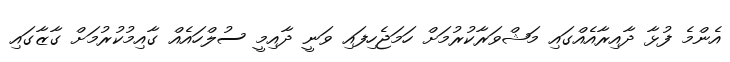
އެންމެ ފުޅާ ދާއިރާއެއްގައި މަޝްވަރާކުރުމަށް ހަމަޖެހިފައި ވަނީ ދާއިމީ ސުލްހައެއް ގާއިމުކުރުމަށް ގާޒާގައި